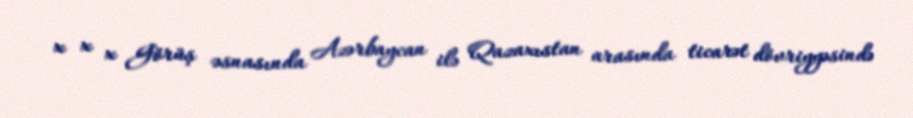
x x x Görüş əsnasında Azərbaycan ilə Qazaxıstan arasında ticarət dövriyyəsində